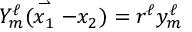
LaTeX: { \cal Y } _ { m } ^ { \ell } ( \stackrel { \rightharpoonup } { x _ { 1 } } - x _ { 2 } ) = r ^ { \ell } y _ { m } ^ { \ell }